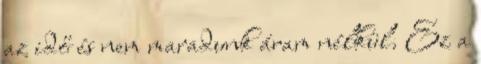
az idő és nem maradunk áram nélkül. Ez a